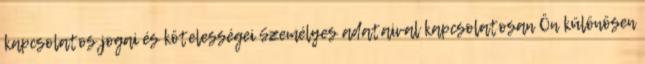
kapcsolatos jogai és kötelességei Személyes adataival kapcsolatosan Ön különösen